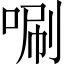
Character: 唰